画像に写った文字を読んでください
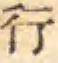
「行」と書いてあります